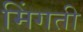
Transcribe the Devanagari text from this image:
मिंगती